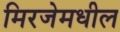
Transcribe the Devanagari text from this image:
मिरजेमधील